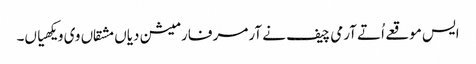
ایس موقعے اُتے آرمی چیف نے آرمر فارمیشن دیاں مشقاں وی ویکھیاں۔